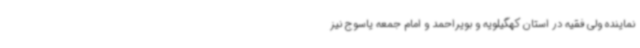
نماینده ولی فقیه در استان کهگیلویه و بویراحمد و امام جمعه یاسوج نیز